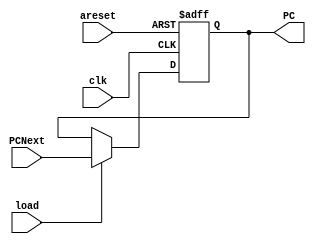
module PC
    #(parameter n = 32)
    (
        input [n-1:0] PCNext,
        input clk, areset, load,
        output reg [n-1:0] PC
    );

    always @(posedge clk, negedge areset) begin
        if (!areset) begin
            PC <= {n{1'b0}};
        end
        else if (load) begin
            PC <= PCNext;
        end
    end
endmodule